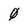
Character: 0